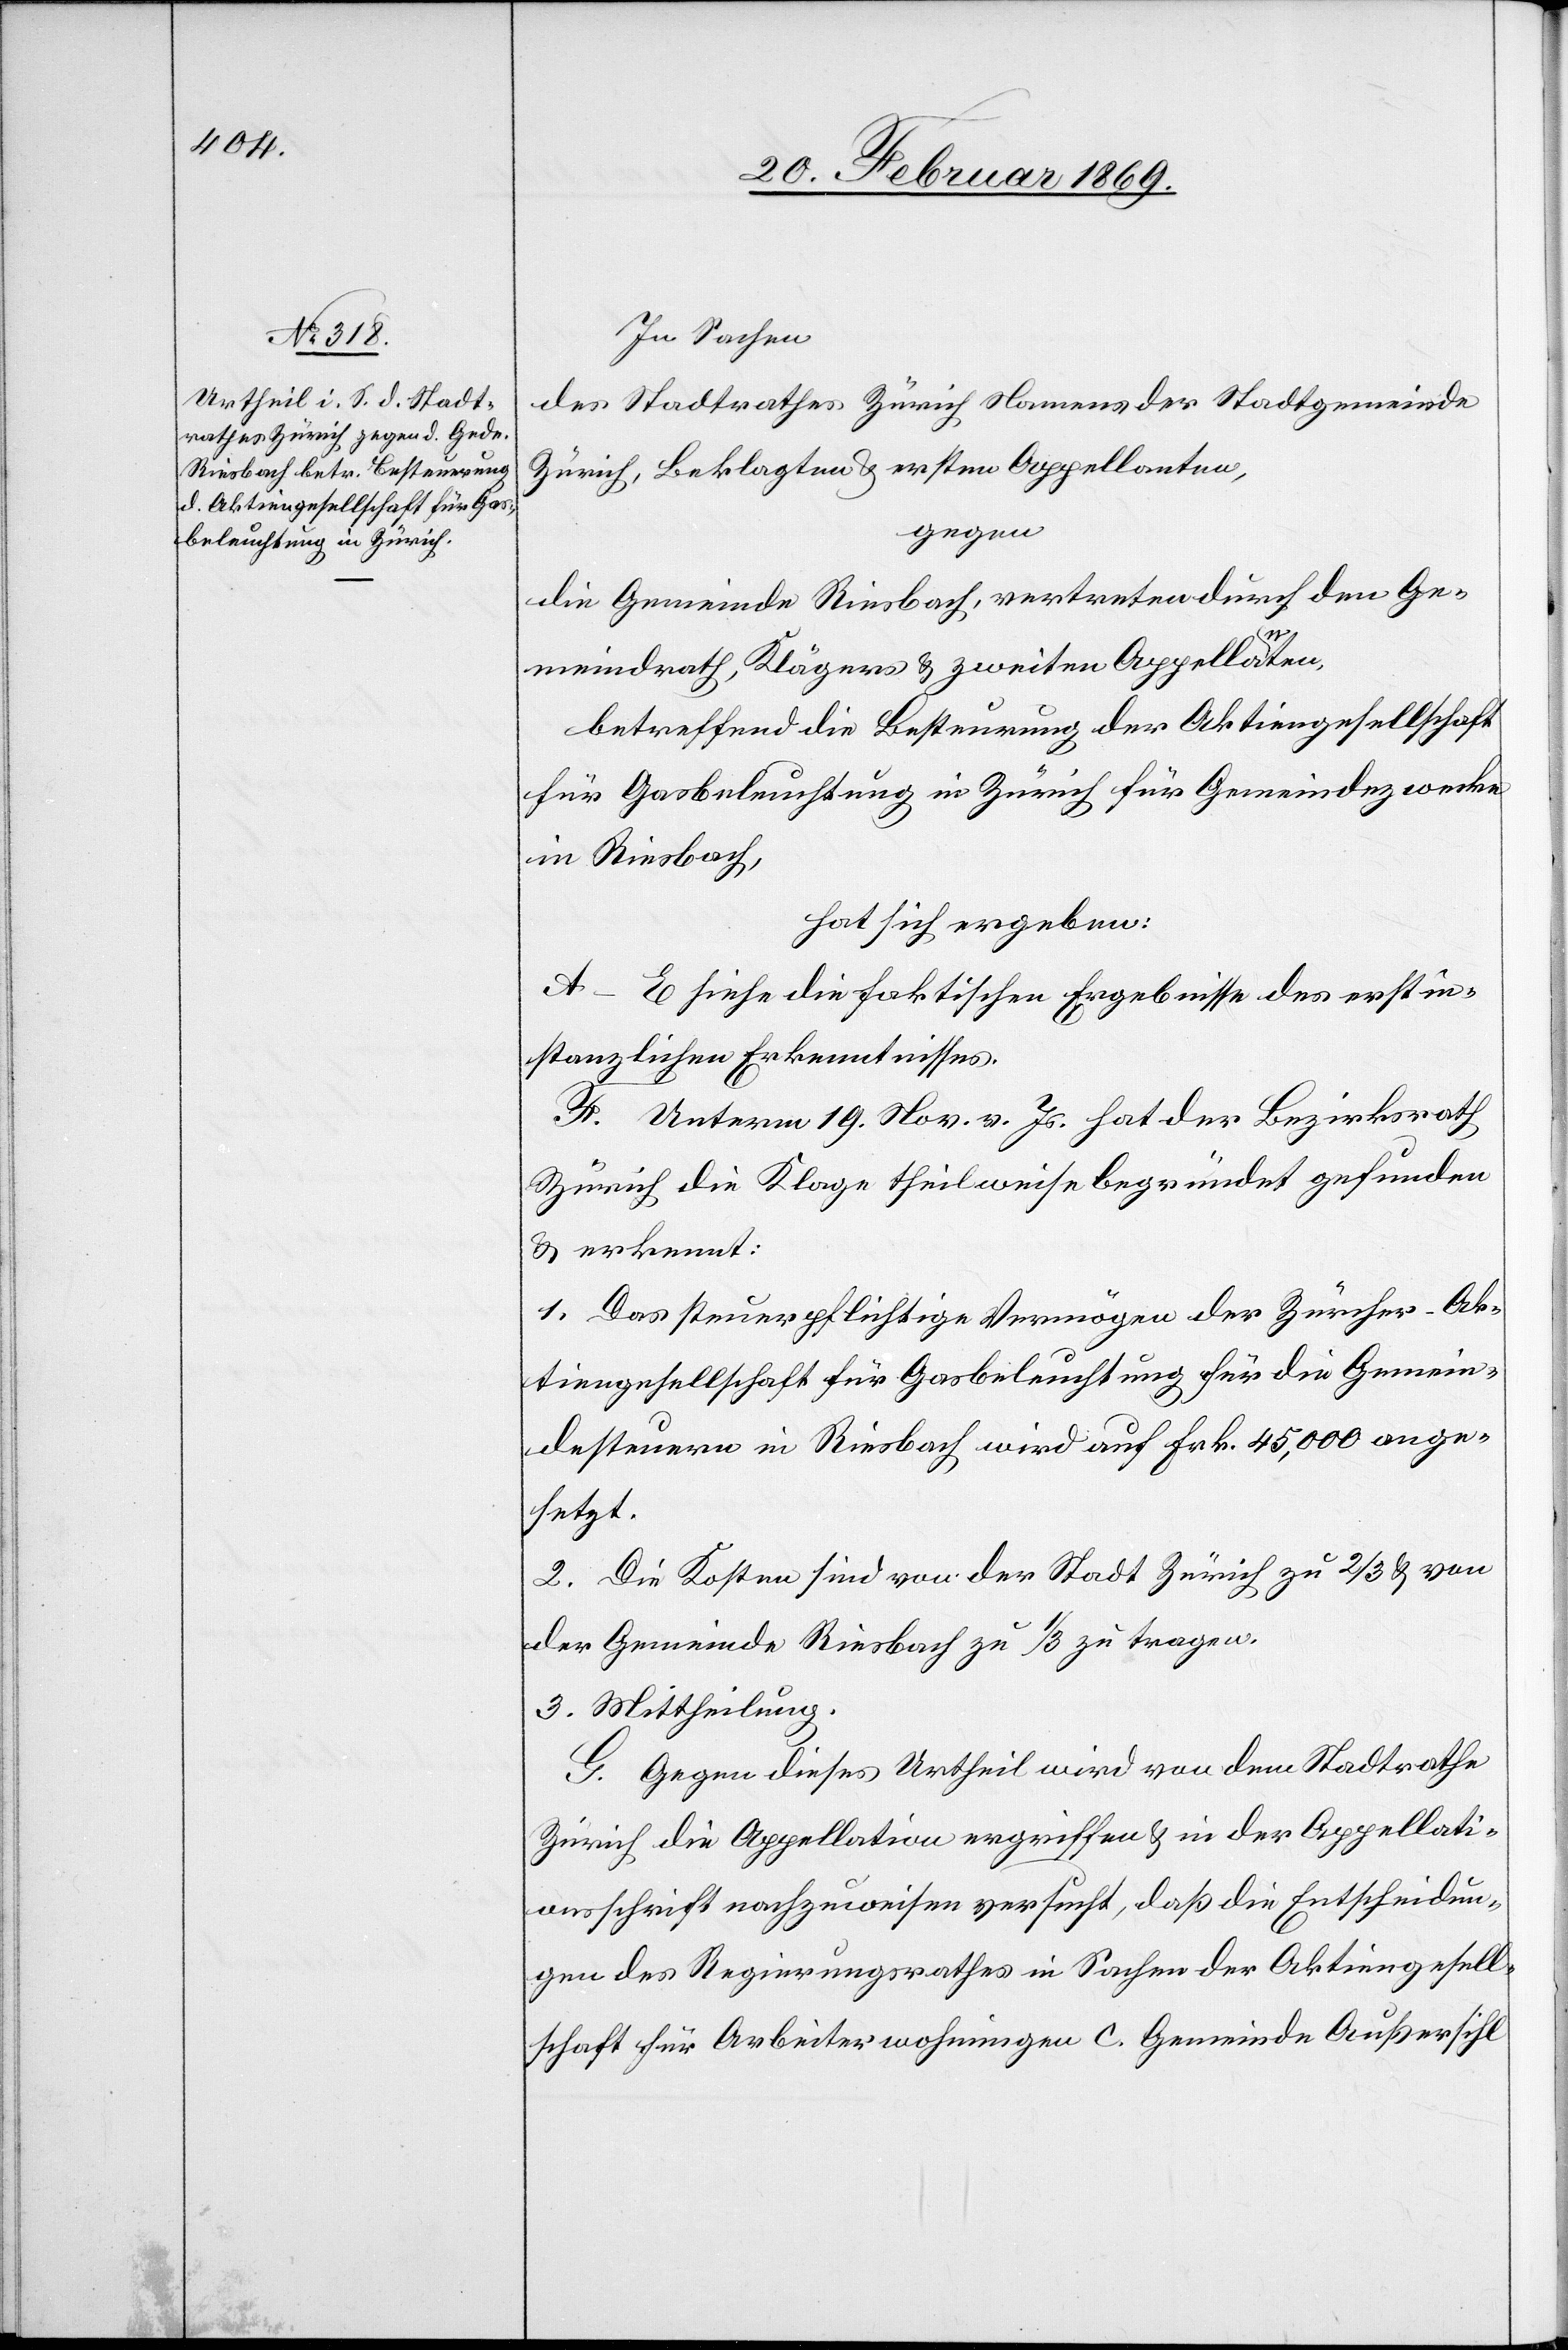
In Sachen
des Stadtrathes Zürich Namens der Stadtgemeinde
Zürich, Beklagten & ersten Appellanten,
gegen
die Gemeinde Riesbach, vertreten durch den Ge¬
meindrath, Klägers & zweiten Appellanten,
betreffend die Besteurung, der Aktiengesellschaft
für Gasbeleuchtung in Zürich für Gemeindszwecke
in Riesbach,
hat sich ergeben:
A–E siehe die faktischen Ergebnisse des erstin¬
stanzlichen Erkenntnisses.
F. Unterm 19. Nov v. Js. hat der Bezirksrath
Zürich die Klage theilweise begründet gefunden
& erkennt:
1. Das steuerpflichtige Vermögen der Zürcher-Ak¬
tiengesellschaft für Gasbeleuchtung für die Gemein¬
desteuern in Riesbach wird auf Frk. 45,000 ange¬
setzt.
2. Die Kosten sind von der Stadt Zürich zu 2/3 von
der Gemeinde Riesbach zu 1/3 zu tragen.
3. Mittheilung.
G. Gegen dieses Urtheil wird von dem Stadtrathe
Zürich die Appellation ergriffen & in der Appellati¬
onsschrift nachzuweisen versucht, daß die Entscheidun¬
gen des Regierungsrathes in Sachen der Aktiengesell¬
schaft für Arbeiterwohnungen C. Gemeinde Außersihl